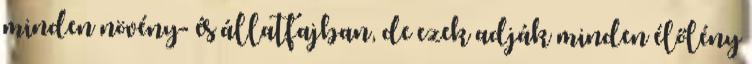
minden növény- és állatfajban, de ezek adják minden élőlény